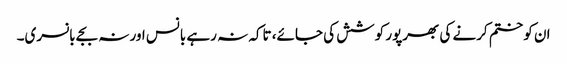
ان کو ختم کرنے کی بھرپور کوشش کی جائے، تاکہ نہ رہے بانس اور نہ بجے بانسری۔